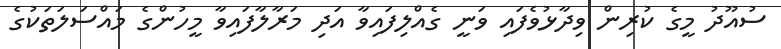
ސުއޫދު މީގެ ކުރިން ވިދާޅުވެފައި ވަނީ ގެއްލިފައިވާ އަދި މަރާލާފައިވާ މީހުންގެ މައްސަލަތަކުގެ